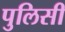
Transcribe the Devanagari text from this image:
पुलिसी